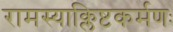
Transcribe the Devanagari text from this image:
रामस्याक्लिष्टकर्मणः